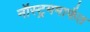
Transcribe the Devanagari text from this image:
नॉस्ट्रममार्फत